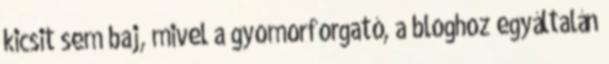
kicsit sem baj, mivel a gyomorforgató, a bloghoz egyáltalán